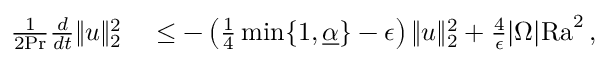
\begin{array} { r l } { \frac { 1 } { 2 \mathrm { { P r } } } \frac { d } { d t } \| u \| _ { 2 } ^ { 2 } } & { { } \leq - \left( \frac { 1 } { 4 } \operatorname* { m i n } \lbrace 1 , \underline { { \alpha } } \rbrace - \epsilon \right) \| u \| _ { 2 } ^ { 2 } + \frac { 4 } { \epsilon } | \Omega | \mathrm { { R a } } ^ { 2 } \, , } \end{array}